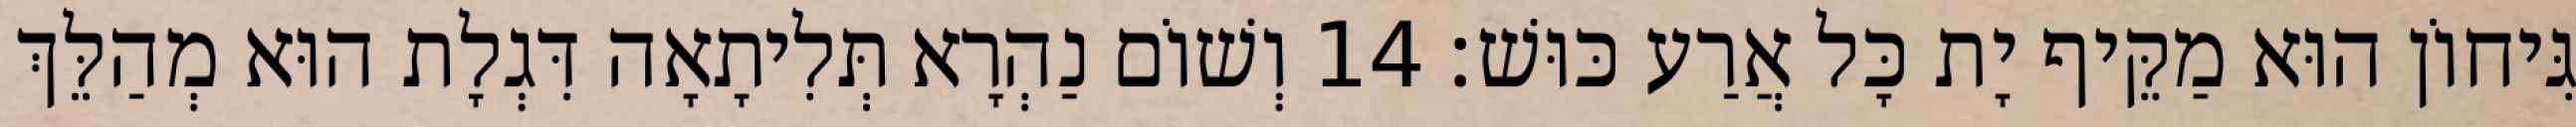
גִּיחוֹן הוּא מַקֵּיף יָת כָּל אֲרַע כּוּשׁ׃ 14 וְשׁוֹם נַהְרָא תְּלִיתָאָה דִּגְלָת הוּא מְהַלֵּךְ